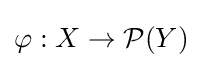
\varphi :X\rightarrow {\mathcal {P}}(Y)